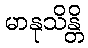
မာနုသိန္တိ